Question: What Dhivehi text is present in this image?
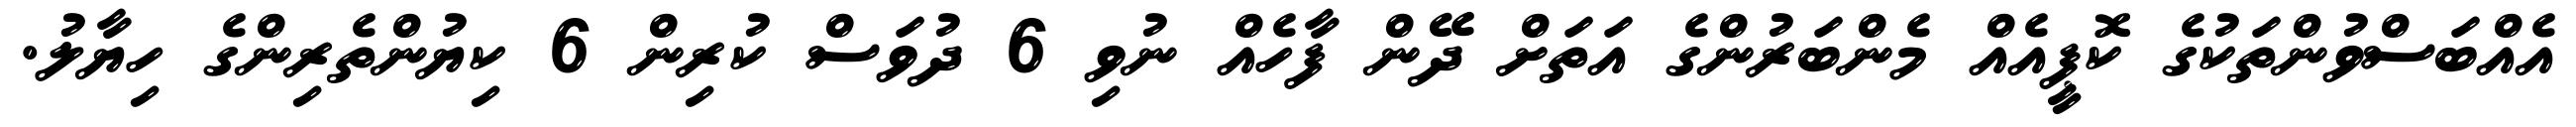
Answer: އެއްބަސްވުންތަކުގެ ކޮޕީއެއް މެންބަރުންގެ އަތަށް ދޭން ފާހެއް ނުވި 6 ދުވަސް ކުރިން 6 ކިޔުންތެރިންގެ ހިޔާލު.